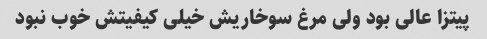
پیتزا عالی بود ولی مرغ سوخاریش خیلی کیفیتش خوب نبود